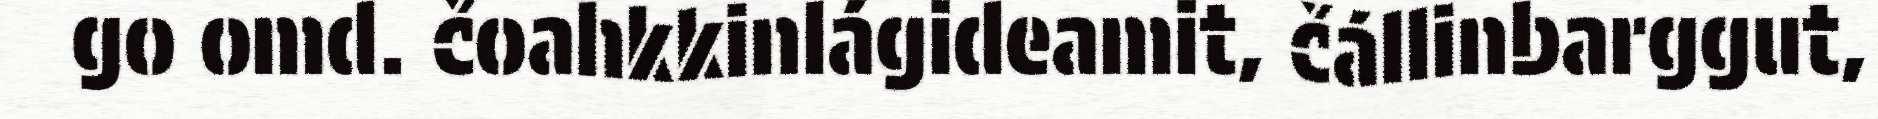
go omd. čoahkkinlágideamit, čállinbarggut,